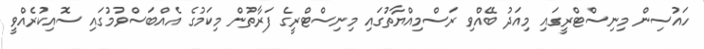
ހައުސިން މިނިސްޓްރީގައި މިއަދު ބޭއްވި ރަސްމިއްޔާތުގައި މިނިސްޓްރީގެ ފަރާތުން މިކަމުގެ އެއްބަސްވުމުގައި ސޮއިކުރެއްވީ